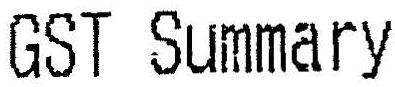
GST SUMMARY